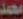
محمد